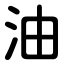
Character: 油